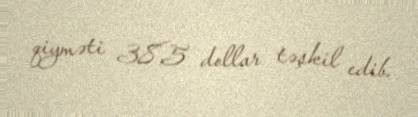
qiyməti 38,5 dollar təşkil edib.